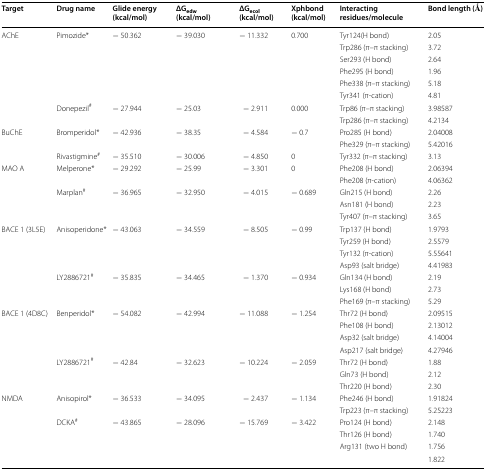
<table><thead><tr><td><b>Target</b></td><td><b>Drug name</b></td><td><b>Glide energy (kcal/mol)</b></td><td><b>ΔG<sub>edw</sub> (kcal/mol)</b></td><td><b>ΔG<sub>ecol</sub> (kcal/mol)</b></td><td><b>Xphbond (kcal/mol)</b></td><td><b>Interacting residues/molecule</b></td><td><b>Bond length (Ǻ)</b></td></tr></thead><tbody><tr><td rowspan="8">AChE</td><td rowspan="6">Pimozide*</td><td rowspan="6">− 50.362</td><td rowspan="6">− 39.030</td><td rowspan="6">− 11.332</td><td rowspan="6">0.700</td><td>Tyr124(H bond)</td><td>2.05</td></tr><tr><td>Trp286 (π–π stacking)</td><td>3.72</td></tr><tr><td>Ser293 (H bond)</td><td>2.64</td></tr><tr><td>Phe295 (H bond)</td><td>1.96</td></tr><tr><td>Phe338 (π–π stacking)</td><td>5.18</td></tr><tr><td>Tyr341 (π-cation)</td><td>4.81</td></tr><tr><td rowspan="2">Donepezil<sup>#</sup></td><td rowspan="2">− 27.944</td><td rowspan="2">− 25.03</td><td rowspan="2">− 2.911</td><td rowspan="2">0.000</td><td>Trp86 (π–π stacking)</td><td>3.98587</td></tr><tr><td>Trp286 (π–π stacking)</td><td>4.2134</td></tr><tr><td rowspan="3">BuChE</td><td rowspan="2">Bromperidol*</td><td rowspan="2">− 42.936</td><td rowspan="2">− 38.35</td><td rowspan="2">− 4.584</td><td rowspan="2">− 0.7</td><td>Pro285 (H bond)</td><td>2.04008</td></tr><tr><td>Phe329 (π–π stacking)</td><td>5.42016</td></tr><tr><td>Rivastigmine<sup>#</sup></td><td>− 35.510</td><td>− 30.006</td><td>− 4.850</td><td>0</td><td>Tyr332 (π–π stacking)</td><td>3.13</td></tr><tr><td rowspan="5">MAO A</td><td rowspan="2">Melperone*</td><td rowspan="2">− 29.292</td><td rowspan="2">− 25.99</td><td rowspan="2">− 3.301</td><td rowspan="2">0</td><td>Phe208 (H bond)</td><td>2.06394</td></tr><tr><td>Phe208 (π-cation)</td><td>4.06362</td></tr><tr><td rowspan="3">Marplan<sup>#</sup></td><td rowspan="3">− 36.965</td><td rowspan="3">− 32.950</td><td rowspan="3">− 4.015</td><td rowspan="3">− 0.689</td><td>Gln215 (H bond)</td><td>2.26</td></tr><tr><td>Asn181 (H bond)</td><td>2.23</td></tr><tr><td>Tyr407 (π–π stacking)</td><td>3.65</td></tr><tr><td rowspan="7">BACE 1 (3L5E)</td><td rowspan="4">Anisoperidone*</td><td rowspan="4">− 43.063</td><td rowspan="4">− 34.559</td><td rowspan="4">− 8.505</td><td rowspan="4">− 0.99</td><td>Trp137 (H bond)</td><td>1.9793</td></tr><tr><td>Tyr259 (H bond)</td><td>2.5579</td></tr><tr><td>Tyr132 (π-cation)</td><td>5.55641</td></tr><tr><td>Asp93 (salt bridge)</td><td>4.41983</td></tr><tr><td rowspan="3">LY2886721<sup>#</sup></td><td rowspan="3">− 35.835</td><td rowspan="3">− 34.465</td><td rowspan="3">− 1.370</td><td rowspan="3">− 0.934</td><td>Gln134 (H bond)</td><td>2.19</td></tr><tr><td>Lys168 (H bond)</td><td>2.73</td></tr><tr><td>Phe169 (π–π stacking)</td><td>5.29</td></tr><tr><td rowspan="7">BACE 1 (4D8C)</td><td rowspan="4">Benperidol*</td><td rowspan="4">− 54.082</td><td rowspan="4">− 42.994</td><td rowspan="4">− 11.088</td><td rowspan="4">− 1.254</td><td>Thr72 (H bond)</td><td>2.09515</td></tr><tr><td>Phe108 (H bond)</td><td>2.13012</td></tr><tr><td>Asp32 (salt bridge)</td><td>4.14004</td></tr><tr><td>Asp217 (salt bridge)</td><td>4.27946</td></tr><tr><td rowspan="3">LY2886721<sup>#</sup></td><td rowspan="3">− 42.84</td><td rowspan="3">− 32.623</td><td rowspan="3">− 10.224</td><td rowspan="3">− 2.059</td><td>Thr72 (H bond)</td><td>1.88</td></tr><tr><td>Gln73 (H bond)</td><td>2.12</td></tr><tr><td>Thr220 (H bond)</td><td>2.30</td></tr><tr><td rowspan="6">NMDA</td><td rowspan="2">Anisopirol*</td><td rowspan="2">− 36.533</td><td rowspan="2">− 34.095</td><td rowspan="2">− 2.437</td><td rowspan="2">− 1.134</td><td>Phe246 (H bond)</td><td>1.91824</td></tr><tr><td>Trp223 (π–π stacking)</td><td>5.25223</td></tr><tr><td rowspan="4">DCKA<sup>#</sup></td><td rowspan="4">− 43.865</td><td rowspan="4">− 28.096</td><td rowspan="4">− 15.769</td><td rowspan="4">− 3.422</td><td>Pro124 (H bond)</td><td>2.148</td></tr><tr><td>Thr126 (H bond)</td><td>1.740</td></tr><tr><td rowspan="2">Arg131 (two H bond)</td><td>1.756</td></tr><tr><td>1.822</td></tr></tbody></table>